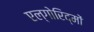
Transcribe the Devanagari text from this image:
एल्गोरिद्मों